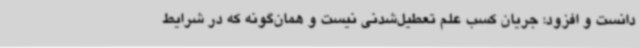
دانست و افزود: جریان کسب علم تعطیل‌شدنی نیست و همان‌گونه که در شرایط